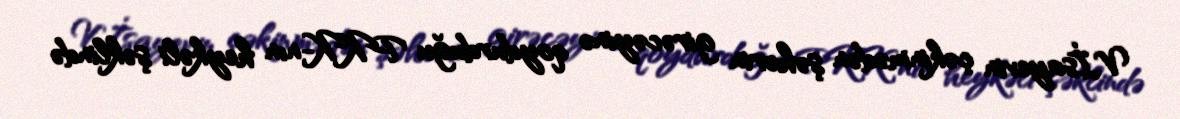
V.İsayevin çəkinmədən şəhərin girəcəyinə qoydurduğu PKK-nın heykəli şəklində